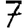
Digit: 7